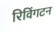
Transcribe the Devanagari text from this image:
रिविंगटन